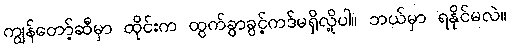
ကျွန်တော့်ဆီမှာ ထိုင်းက ထွက်ခွာခွင့်ကဒ်မရှိလို့ပါ။ ဘယ်မှာ ရနိုင်မလဲ။